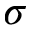
\boldsymbol { \sigma }